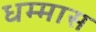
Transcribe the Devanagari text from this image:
धम्मास